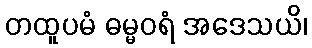
တထူပမံ ဓမ္မဝရံ အဒေသယိ၊